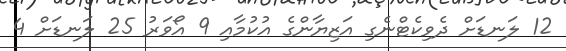
12 ލަނޑަށް ދެވިކެޓްނެގި އަޒިޔާންގެ އުކުމާއި 9 އޯވަރު 25 ލަނޑަށް 4